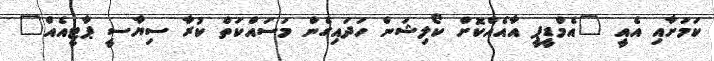
ކަމަށާއި އެއީ "އެމްޑީޕީ އާއެއްކޮށް ކޯލިޝަން ހަދައިގެން މަސައްކަތް ކުރާ ސިޔާސީ ޕާޓީއެއް"